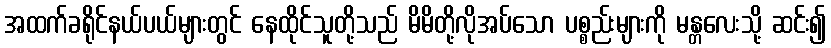
အထက်ခရိုင်နယ်ပယ်များတွင် နေထိုင်သူတို့သည် မိမိတို့လိုအပ်သော ပစ္စည်းများကို မန္တလေးသို့ ဆင်း၍